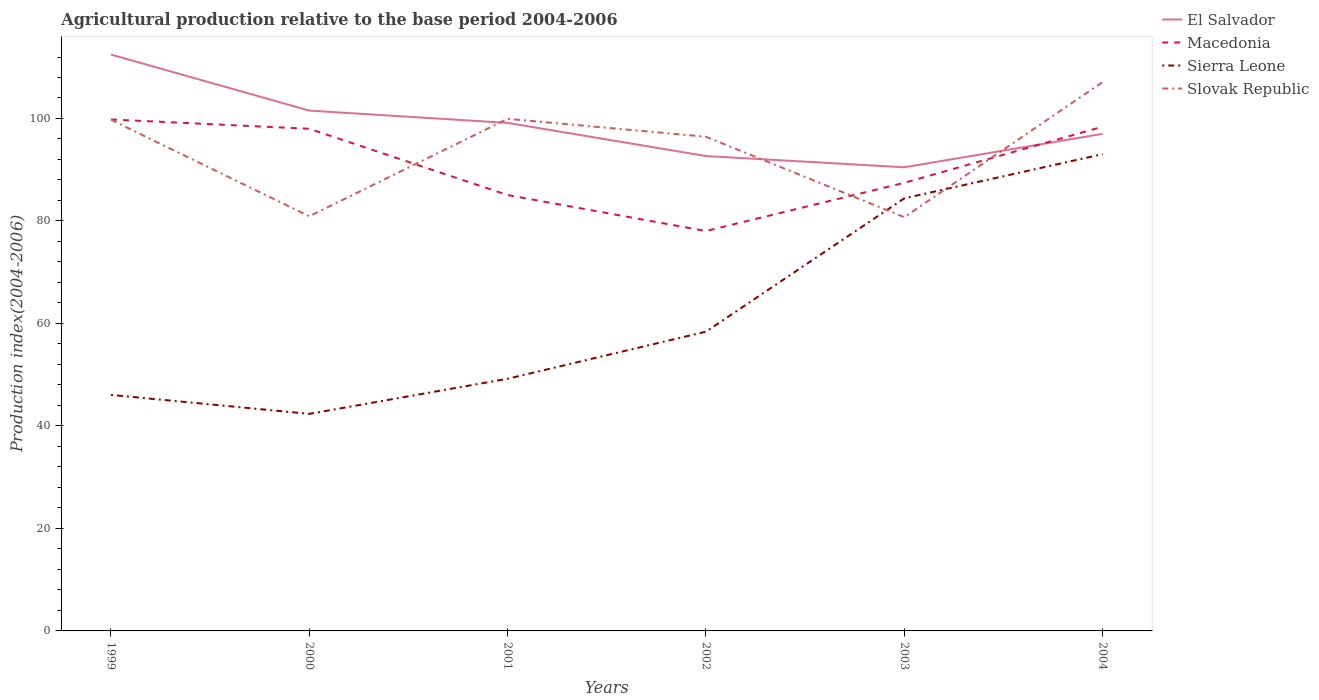
| Years | El Salvador | Macedonia | Sierra Leone | Slovak Republic |
 | --- | --- | --- | --- | --- |
 | 1999 | 112 | 99.8 | 46.1 | 99.8 |
 | 2000 | 102 | 98 | 42.4 | 80.9 |
 | 2001 | 99.1 | 85.1 | 49.2 | 99.9 |
 | 2002 | 92.7 | 78 | 58.4 | 96.4 |
 | 2003 | 90.5 | 87.5 | 84.4 | 80.7 |
 | 2004 | 97 | 98.4 | 93 | 107 |